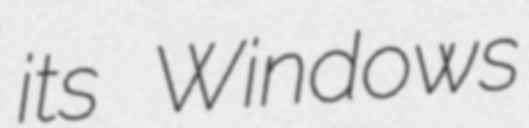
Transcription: its Windows